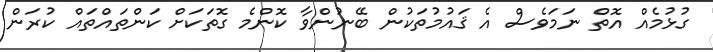
ގުޅުމެއް އޮތް ނަމަވެސް އެ ޤައުމުތަކުން ބޭނުންވާ ކޮންމެ ގޮތަކަށް ކަންތައްތައް ކުރަން